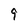
Character: 9